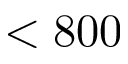
< 8 0 0